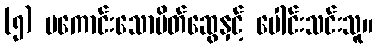
(၅) မကောင်းသောမိတ်ဆွေနှင့် ပေါင်းသင်းသူ။